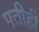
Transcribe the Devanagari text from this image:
पतीही